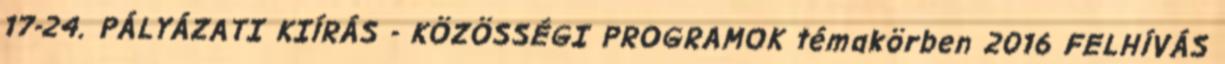
17-24. PÁLYÁZATI KIÍRÁS - KÖZÖSSÉGI PROGRAMOK témakörben 2016 FELHÍVÁS